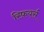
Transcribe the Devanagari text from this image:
स्फ़ियर्स